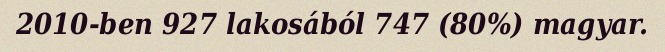
2010-ben 927 lakosából 747 (80%) magyar.